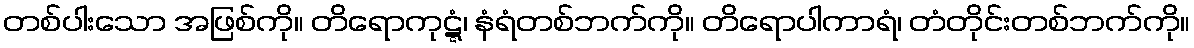
တစ်ပါးသော အဖြစ်ကို။ တိရောကုဋ္ဋံ၊ နံရံတစ်ဘက်ကို။ တိရောပါကာရံ၊ တံတိုင်းတစ်ဘက်ကို။